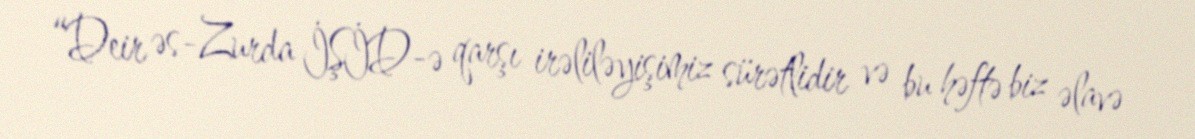
“Deir əs-Zurda İŞİD-ə qarşı irəliləyişimiz sürətlidir və bu həftə biz əlavə